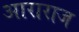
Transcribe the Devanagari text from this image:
आराराज